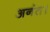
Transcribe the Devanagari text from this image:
अनंत।